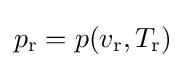
p_{\text{r}}=p(v_{\text{r}},T_{\text{r}})